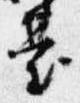
台